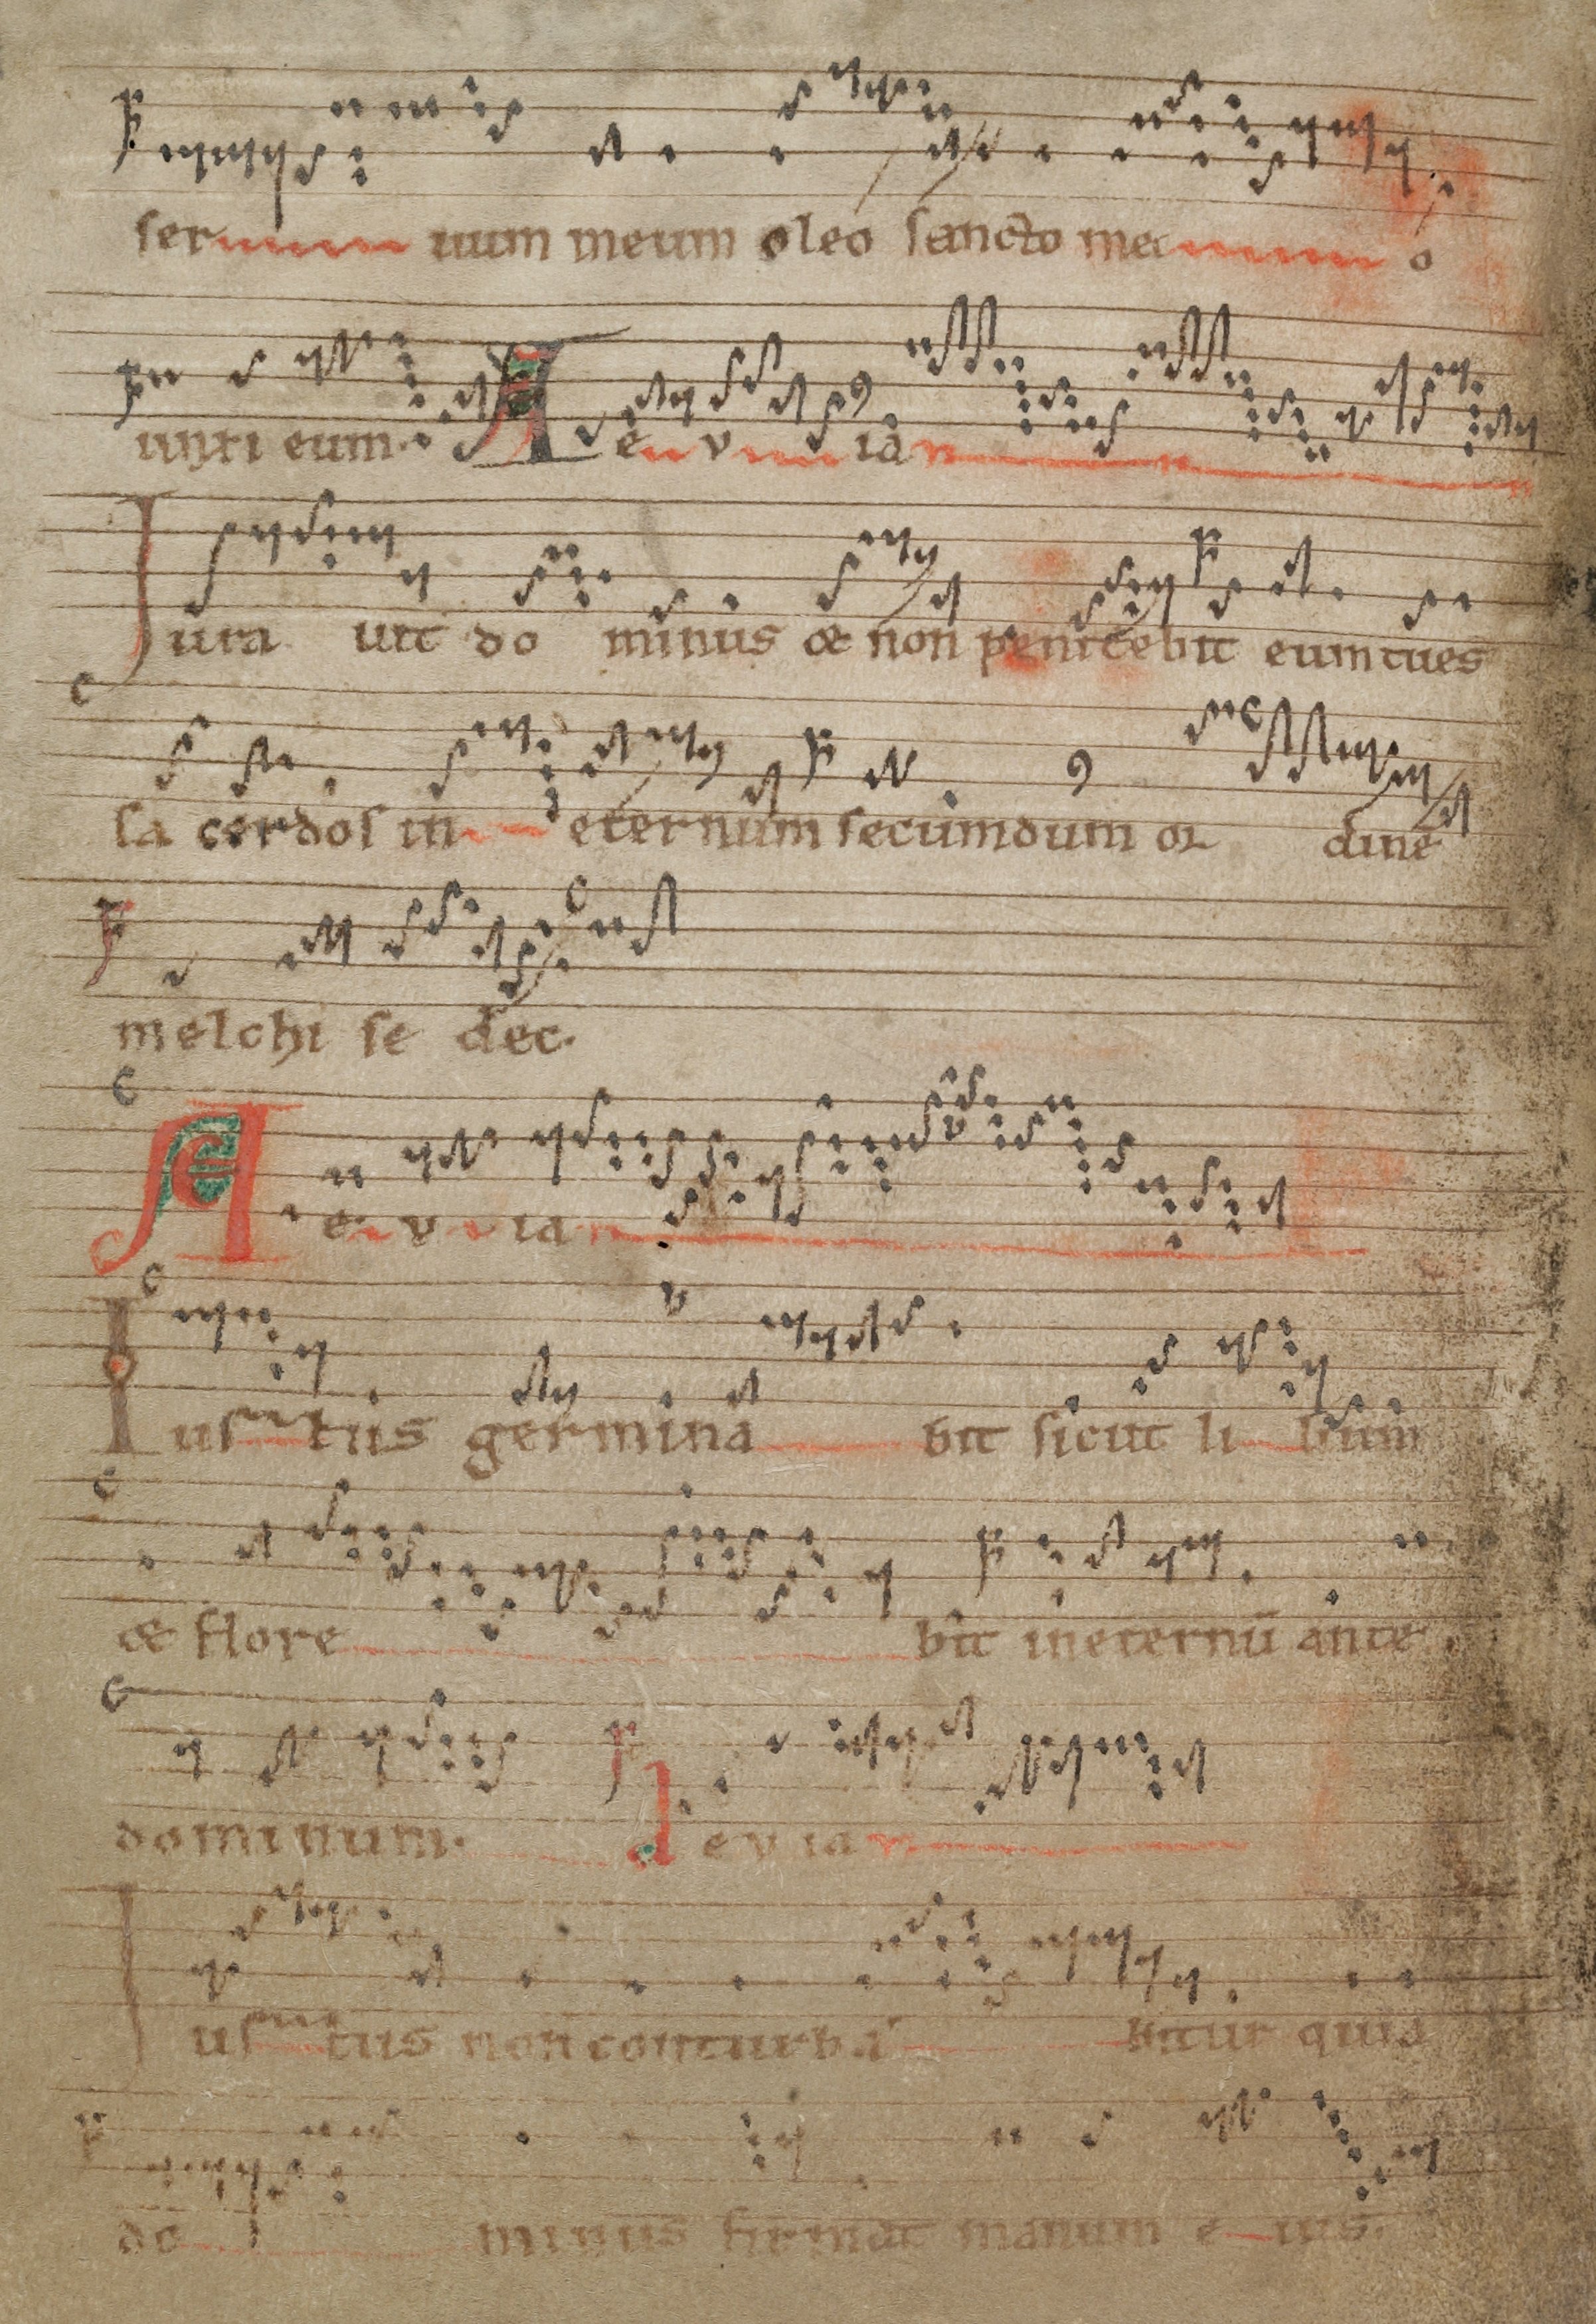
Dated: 1140–1170